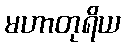
မဟာတုရိယ